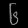
Digit: ၆